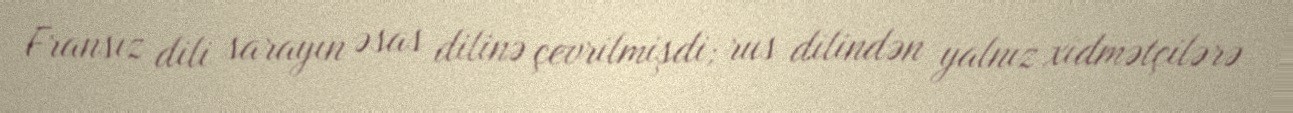
Fransız dili sarayın əsas dilinə çevrilmişdi; rus dilindən yalnız xidmətçilərə